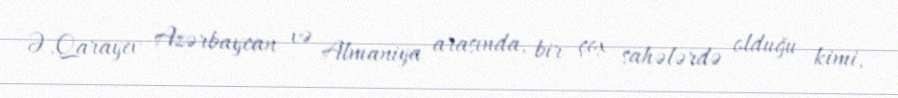
Ə.Qarayev Azərbaycan və Almaniya arasında, bir çox sahələrdə olduğu kimi,